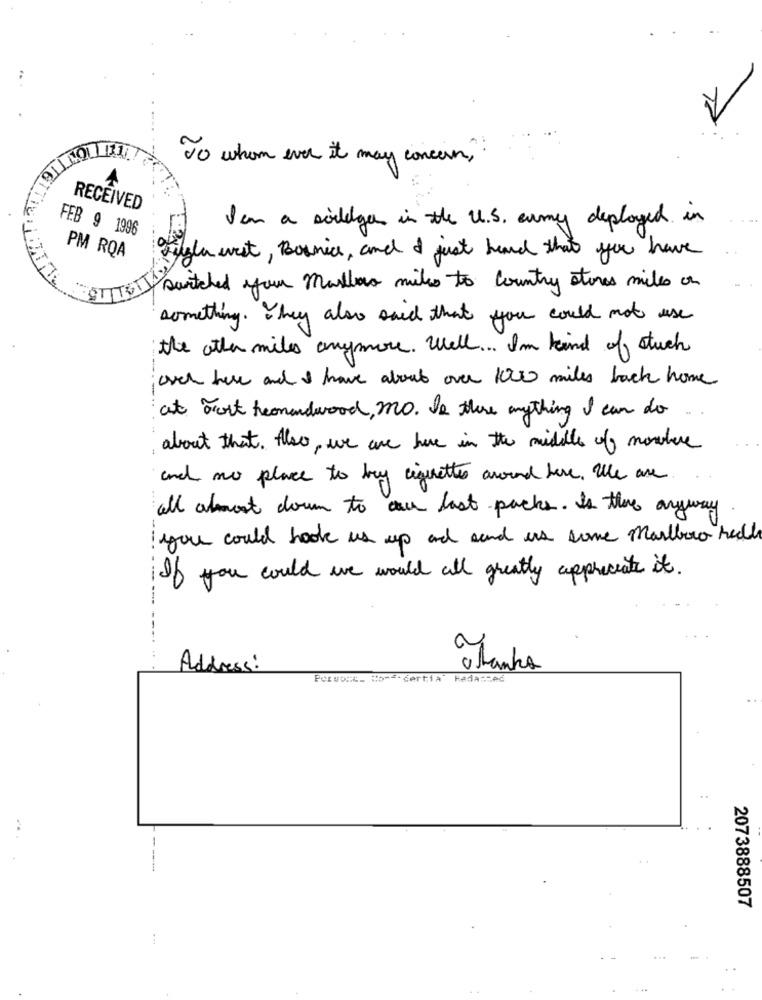
To whom ever it may concern ,
RECEIVED
Iam a silege in the U.S. army deployed in
FEB 9 1996
Sigla west, Boanice, and I just heard that you have
PM RQA
OTTTETTÁN
surtched your mailao miles to country stores miles on
something. They also said that you could not use
the other miles anymore. Well ... I'm kind of stuck
;auch here and I have about over two miles back home
at ort heomendwood, MO. Is there anything I can do.
about that. Also, we are have in the middle of nowhere
and no place to buy cigarettes around here , we are
all almost down to au last packs. Is there anyway
you could hook us up and and is some marlboro hel
If you could we would all greatly appreciate it .
Address:
Thanks
Person:c_ Come certia Redanzeć
2073888507
...